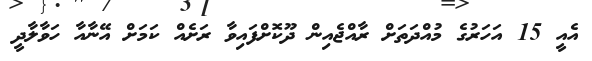
އެއީ 15 އަހަރުގެ މުއްދަތަށް ރާއްޖެއިން ދޫކޮށްފައިވާ ރަށެއް ކަމަށް އޭނާއާ ހަވާލާދީ